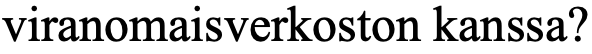
viranomaisverkoston kanssa?